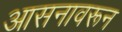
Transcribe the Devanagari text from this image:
आसनावरून